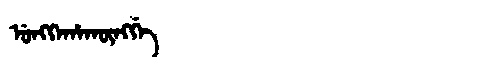
Manchu: ᡠᠩᡴᡝᡥᠠᡴᡡᠩᡤᡝ
Romanization: UNGKEHAKŪNGGE